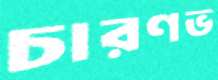
চারণভ